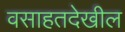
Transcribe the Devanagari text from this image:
वसाहतदेखील